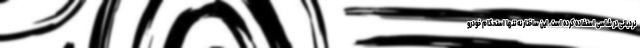
نردبانی در شاسی استفاده کرده است. این ساختار نه تنها استحکام خودرو